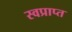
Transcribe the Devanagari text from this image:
स्वप्राप्त